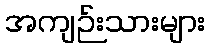
အကျဉ်းသားများ